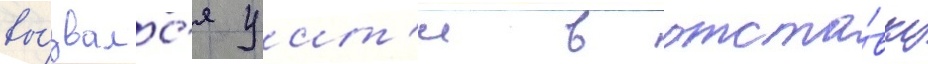
вы́звалс'я уит'и в отста́вку